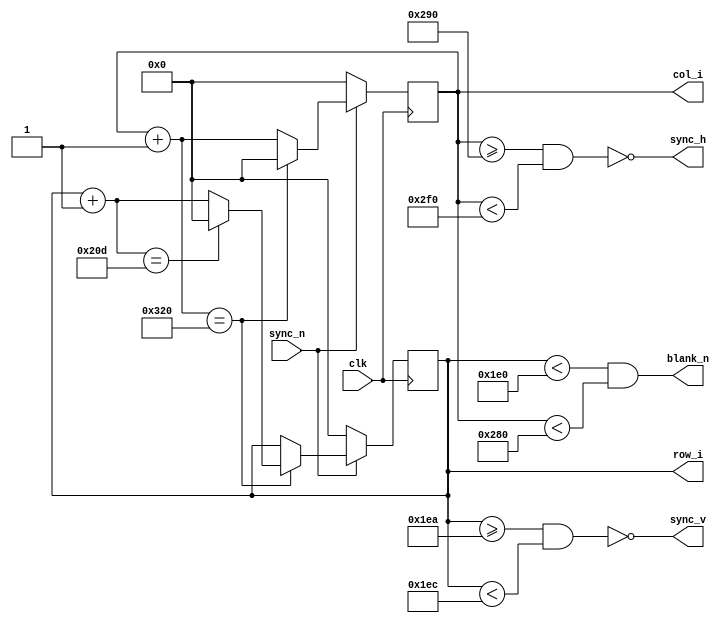
module vga_gen (clk, sync_n, row_i, col_i, sync_h, sync_v, blank_n);
    input clk, sync_n;

    output           sync_h, sync_v, blank_n;
    output reg [9:0] row_i, col_i;

    parameter integer visible_area_h = 640;
    parameter integer front_porch_h = 16;
    parameter integer sync_pulse_h = 96;
    parameter integer back_porch_h = 48;
    parameter integer whole_line_h = 800;

    parameter integer visible_area_v= 480;
    parameter integer front_porch_v= 10;
    parameter integer sync_pulse_v= 2;
    parameter integer back_porch_v= 33;
    parameter integer whole_line_v = 525;

    // sync/blank signals
    assign sync_v = ~(row_i >= visible_area_v + front_porch_v && row_i < visible_area_v + front_porch_v + sync_pulse_v);
    assign sync_h = ~(col_i >= visible_area_h + front_porch_h && col_i < visible_area_h + front_porch_h + sync_pulse_h);
    assign blank_n = row_i < visible_area_v && col_i < visible_area_h;

    initial begin
        row_i = 0;
        col_i = 0;
    end
    
    always @ (posedge clk) begin
        if (sync_n == 0) begin  // sync_n is avtive-low
            row_i <= 0; col_i <= 0;
        end else begin // update output index
            col_i = col_i + 1;
            if (col_i == whole_line_h) begin  // begin new line
                col_i = 0;
                row_i = row_i + 1;
                if (row_i == whole_line_v) begin  // begin new frame
                    row_i = 0;
                end
            end
        end
    end
endmodule